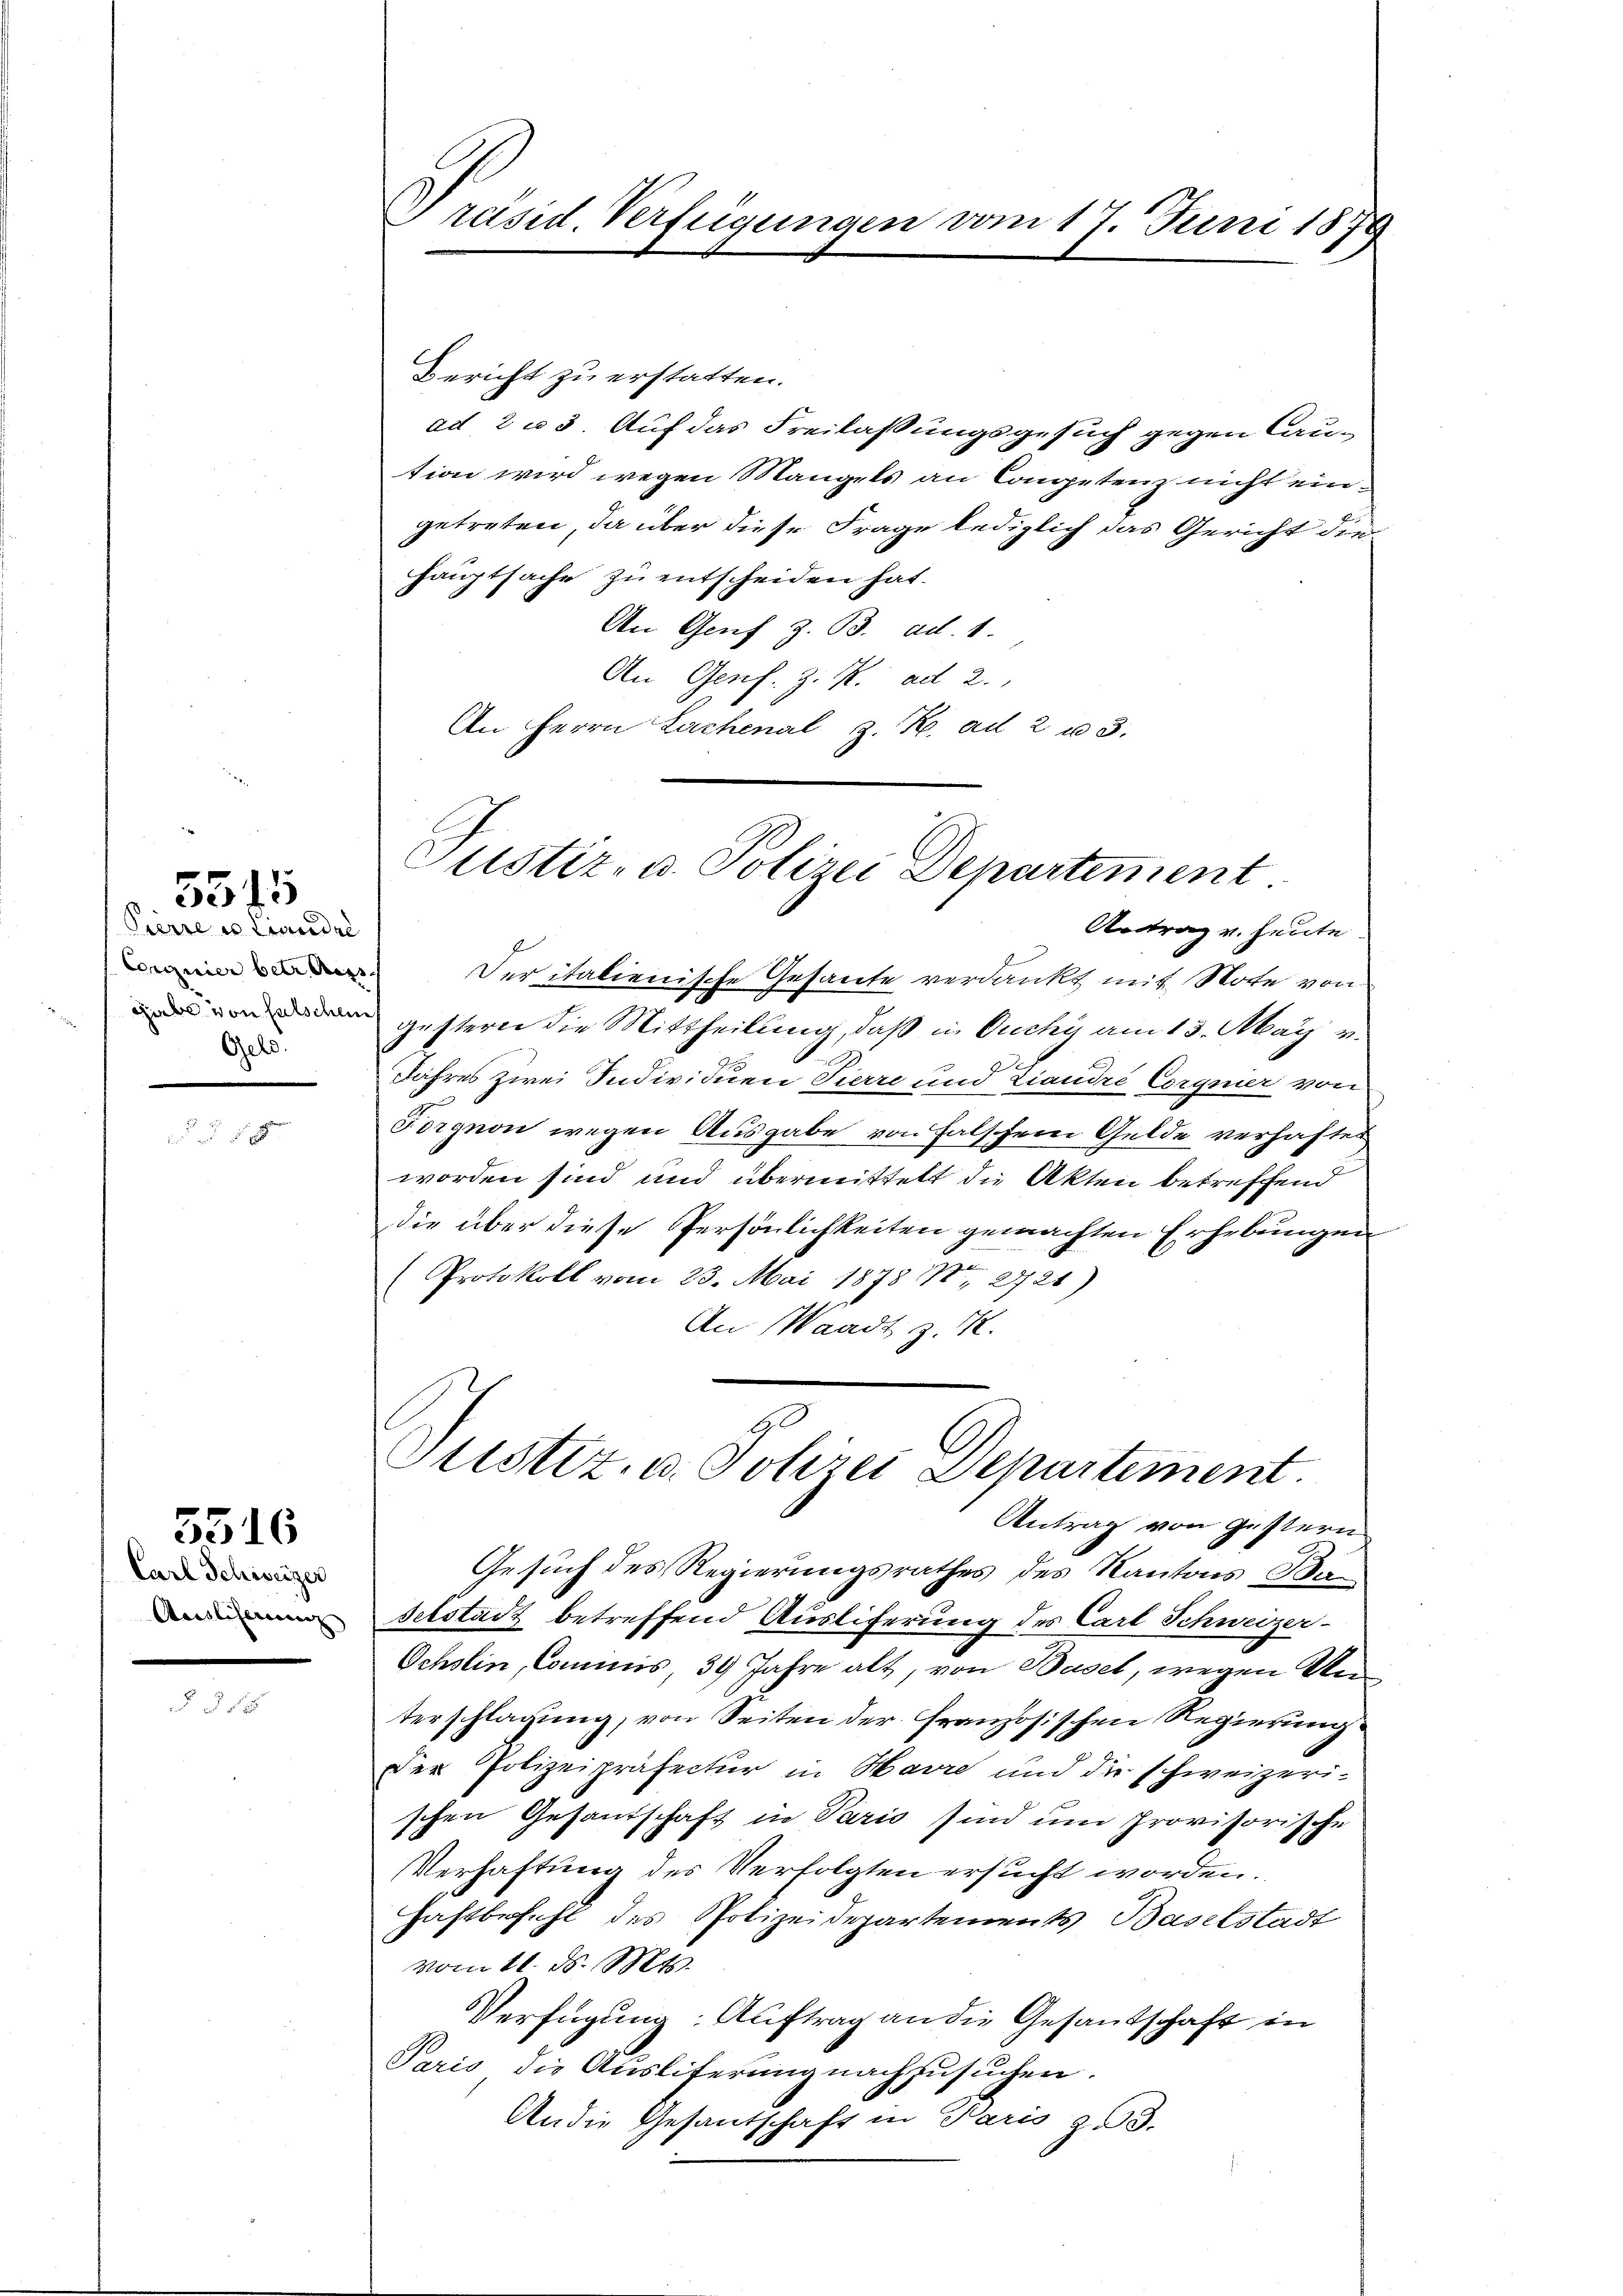
Pierre u Landre
Concurier betr. Russ
Geld.

5511

Carl Schweizer
Ausliseren

5516

Präsid. Verfügungen vom 17. Juni 1879

Bericht zu erstatten.
ad 2 u 3. Auf das Freilassungsgesuch gegen Caution wird wegen Mangels an Competenz nicht eingetreten, da über diese Frage lediglich das Gericht die
Hauptsache zu entscheiden hat.
An Genf z. B. ad 1.
An Genf. Z. M. ad 2.
An Herrn Lachenal z. B. ad 2 u 3.

Antrag v. heute.
Der italienische Gesante verdankt mit Note von
m gestern die Mittheilung, daß in Ouchy am 13. May v.
Jahres zwei Individuen Tierre und Ziandre Corgnier von
2
Forgnon wegen Ausgabe von Falschein Gelde verhafter
worden sind und übermittelt die Akten betreffend
die über diese Persönlichkeiten gemachten Erhebungen
(Protokoll vom 23. Mai 1878 Mt 2721)
An Waadt z. R.

Justiz- u. Polizei Departement

Justiz. u. Polizei Departement.
Antrag von gestern

Gesuch des Regierungsrathes des Kantons Beselstadt betreffend Ausliferung des Carl Schweizer-
Ochslin, Commis, 39 Jahre alt, von Basel, wegen Unterschlagung, von Seiten der französischen Regierung
Der Polizeipräfectur in Harre und die schweizerischen Gesandschaft in Paris sind um provisorische
Verhaftung des Verfolgten ersucht worden.
Haftbefehl des Polizeidepartements Baselstadt
vom 11. d. Mts.
Verfügung: Auftrag an die Gesandschaft in
Paris die Ausliferung nachzusuchen.
An die Gesantschaft in Paris z.93.